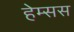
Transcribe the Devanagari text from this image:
हेम्सस